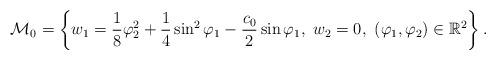
LaTeX: \begin{align*}\mathcal{M}_0=\left\{w_1=\frac{1}{8}{\varphi_2^2 + \frac{1}{4}\sin^2\varphi_1-\frac{c_0}{2}\sin\varphi_1},\ w_2=0,\ (\varphi_1,\varphi_2)\in \mathbb{R}^2 \right\}.\end{align*}